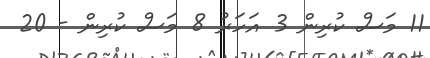
11 މަސް ކުރިން 3 އަހަރު 8 މަސް ކުރިން - 20